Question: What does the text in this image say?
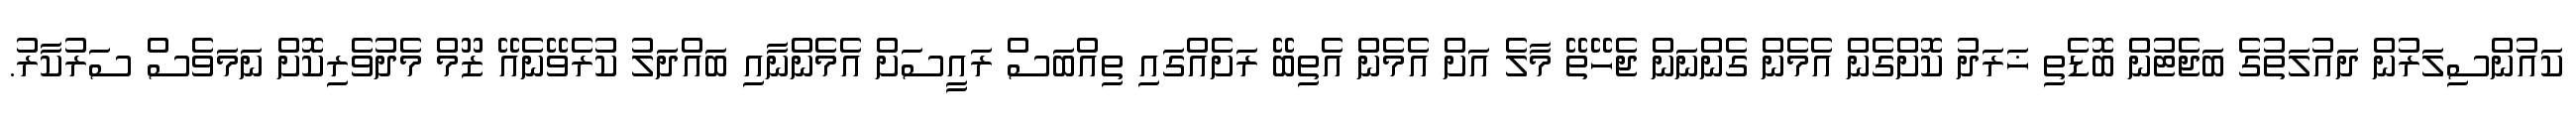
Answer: ކައުންސިލަރުން ދައުލަތުގެ ބަޖެޓުން ބޮޑެތި ޚަރަދު ކޮށްގެން އެމެން ގެންނަން ޖެހޭތޭ މާލެ އަށް އެމެން އެތިބޭ ރަށެއްގައި ތިއްބަސް ރައީސަށް އެމެންނާއި ބައްދަލު ކުރެވޭނެއޭ ޒޫމް މެދުވެރިކޮށް ނަމަވެސް ސަރުކާރު.